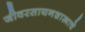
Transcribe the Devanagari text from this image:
जीवरसायनशास्त्राचे